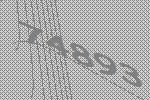
74893